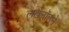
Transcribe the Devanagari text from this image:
लखेनॉलने